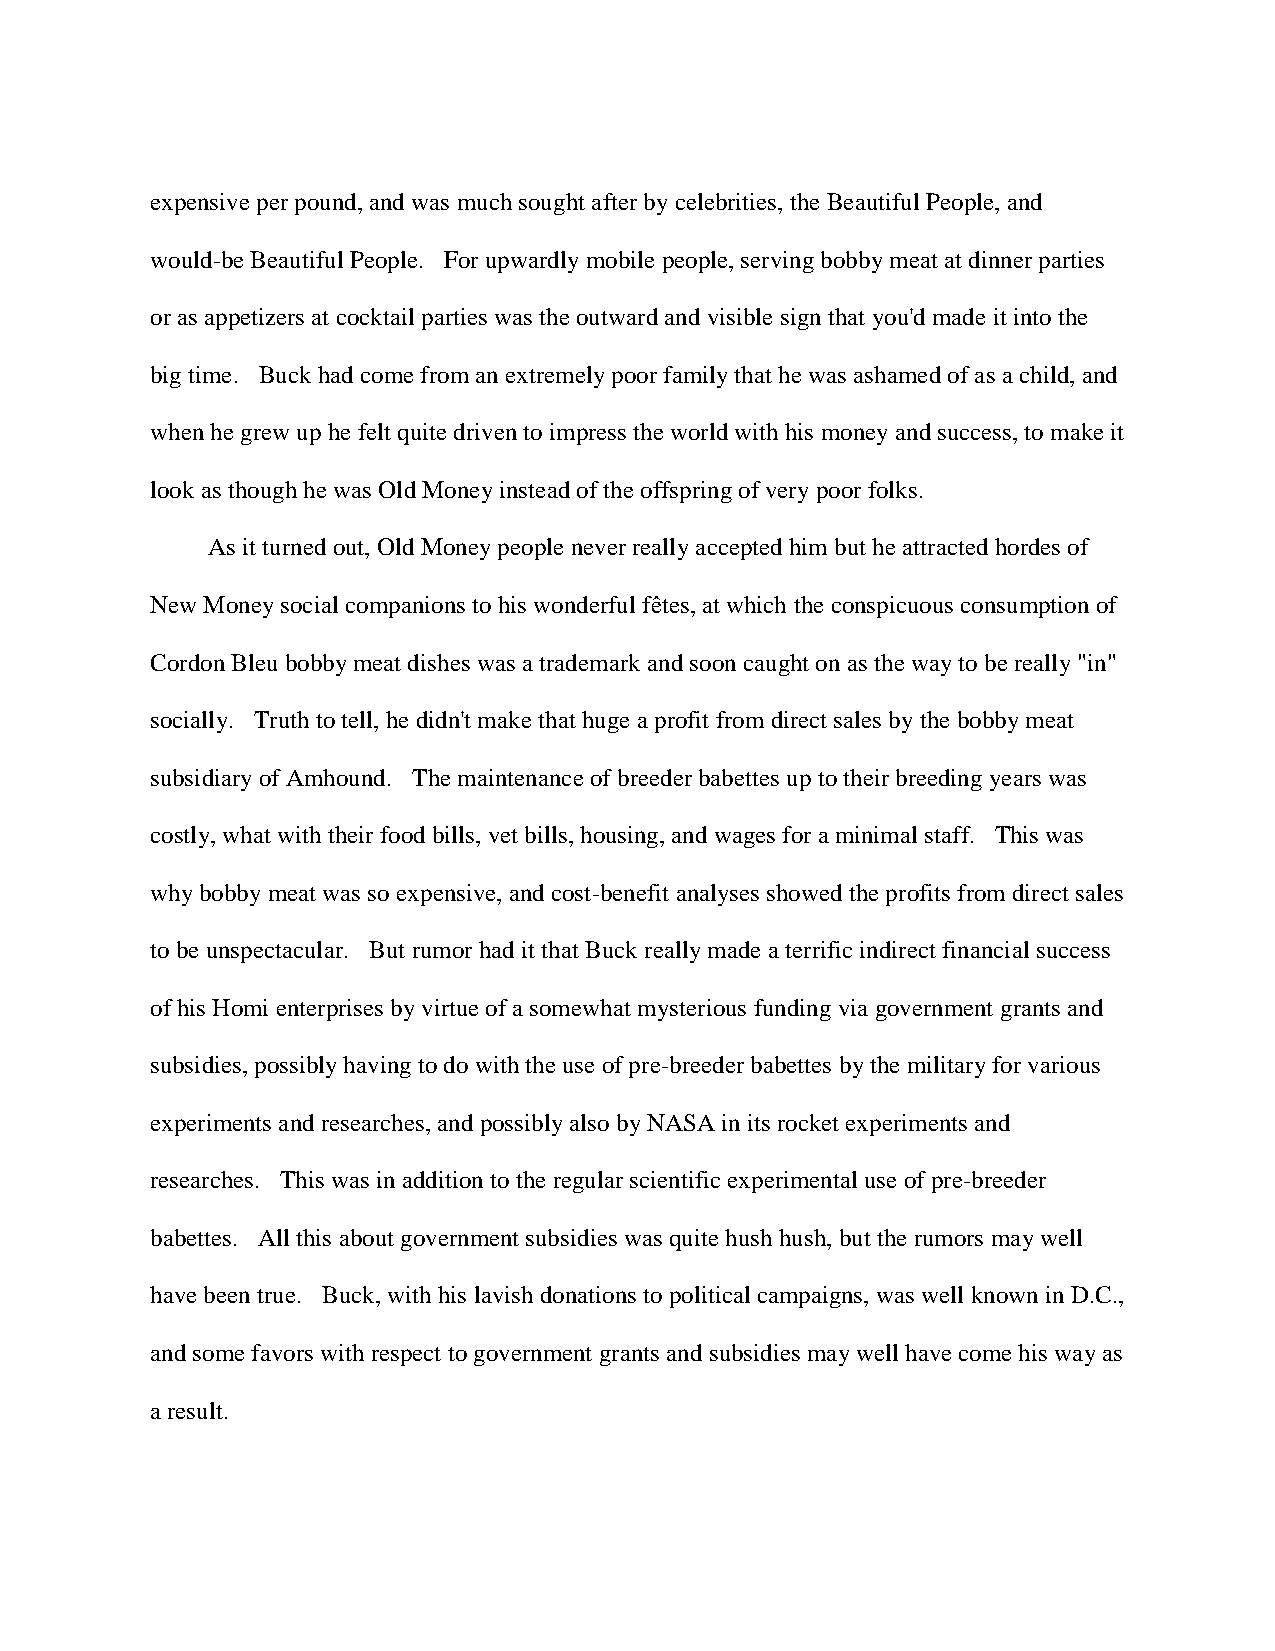
expensive per pound, and was much sought after by celebrities, the Beautiful People, and
 would-be Beautiful People. For upwardly mobile people, serving bobby meat at dinner parties
 or as appetizers at cocktail parties was the outward and visible sign that you'd made it into the
 big time. Buck had come from an extremely poor family that he was ashamed of as a child, and
 when he grew up he felt quite driven to impress the world with his money and success, to make it
 look as though he was Old Money instead of the offspring of very poor folks.
 As it turned out, Old Money people never really accepted him but he attracted hordes of
 New Money social companions to his wonderful fêtes, at which the conspicuous consumption of
 Cordon Bleu bobby meat dishes was a trademark and soon caught on as the way to be really "in"
 socially. Truth to tell, he didn't make that huge a profit from direct sales by the bobby meat
 subsidiary of Amhound. The maintenance of breeder babettes up to their breeding years was
 costly, what with their food bills, vet bills, housing, and wages for a minimal staff. This was
 why bobby meat was so expensive, and cost-benefit analyses showed the profits from direct sales
 to be unspectacular. But rumor had it that Buck really made a terrific indirect financial success
 of his Homi enterprises by virtue of a somewhat mysterious funding via government grants and
 subsidies, possibly having to do with the use of pre-breeder babettes by the military for various
 experiments and researches, and possibly also by NASA in its rocket experiments and
 researches. This was in addition to the regular scientific experimental use of pre-breeder
 babettes. All this about government subsidies was quite hush hush, but the rumors may well
 have been true. Buck, with his lavish donations to political campaigns, was well known in D.C.,
 and some favors with respect to government grants and subsidies may well have come his way as
 a result.